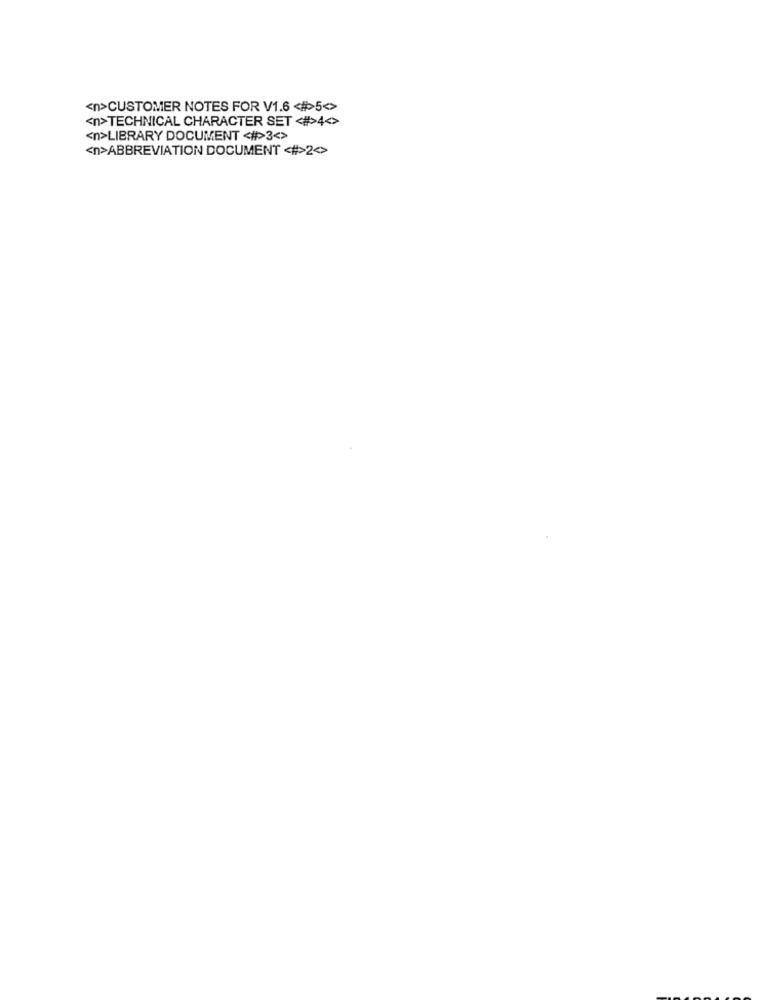
<n>CUSTOMER NOTES FOR V1.6 <>5<>
<n>TECHNICAL CHARACTER SET <#>4<>
<n>LIBRARY DOCUMENT <>>3<>
<n>ABBREVIATION DOCUMENT <#>2<>